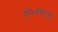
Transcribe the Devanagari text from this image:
यूनिवर्सिटीहैं।